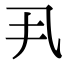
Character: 丮